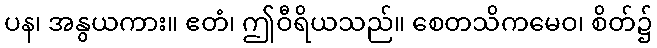
ပန၊ အနွယကား။ ဧတံ၊ ဤဝီရိယသည်။ စေတသိကမေဝ၊ စိတ်၌